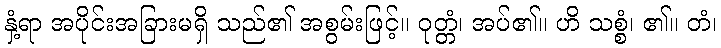
နှံ့ရာ အပိုင်းအခြားမရှိ သည်၏ အစွမ်းဖြင့်။ ဝုတ္တံ၊ အပ်၏။ ဟိ သစ္စံ၊ ၏။ တံ၊